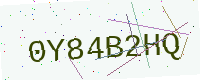
Text: 0Y84B2HQ